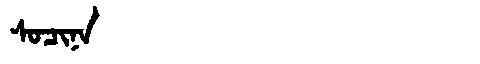
Manchu: ᠰᠣᠴᡳᠨᠠ
Romanization: SOCINA